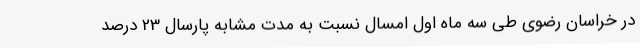
در خراسان رضوی طی سه ماه اول امسال نسبت به مدت مشابه پارسال 23 درصد